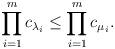
LaTeX: \begin{align*}\prod_{i=1}^m c_{\lambda_i} \le \prod_{i=1}^m c_{\mu_i}.\end{align*}